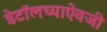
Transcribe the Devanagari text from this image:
डेटॉलच्याऐवजी